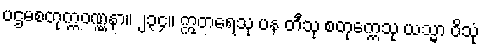
ပဌမစတုက္ကဝဏ္ဏနာ။ ၂၃၄။ ဣတရေသု ပန တီသု စတုက္ကေသု ယသ္မာ ဝိသုံ